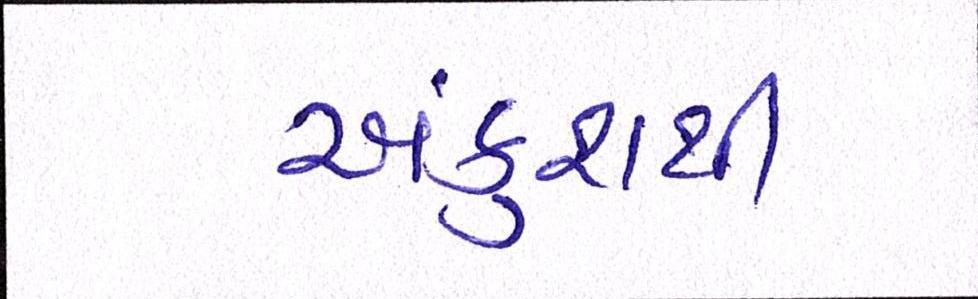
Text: અંકુશથી